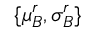
\{ \mu _ { B } ^ { r } , \sigma _ { B } ^ { r } \}